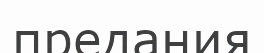
предания